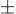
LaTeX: \scriptstyle\pm